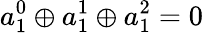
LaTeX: a_{1}^{0}\oplus a_{1}^{1}\oplus a_{1}^{2}=0